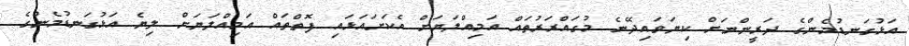
އަޅުގަނޑުމެންގެ ދަރީންނަށް ކިޔަވައިދޭނެ މުގައްރަރުތައް އަމިއްލަޔަށް އެކަށައަޅައި ފޮތްތައް އަމިއްލަޔަށް ލިޔެ އަޅުގަނޑުމެންގެ